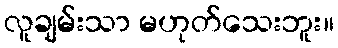
လူချမ်းသာ မဟုတ်သေးဘူး။